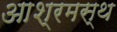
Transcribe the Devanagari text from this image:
आश्रमस्थ